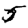
Digit: 5